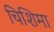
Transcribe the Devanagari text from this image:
चिशिमा